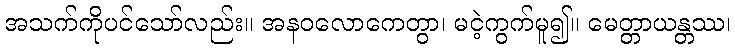
အသက်ကိုပင်သော်လည်း။ အနဝလောကေတွာ၊ မငဲ့ကွက်မူ၍။ မေတ္တာယန္တဿ၊